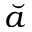
\breve { a }